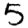
Digit: 5